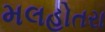
મલહોતરા